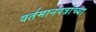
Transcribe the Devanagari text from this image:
वर्तमानपत्रांच्या